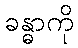
ခန္ဓာကို